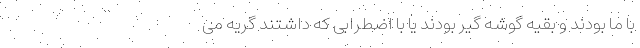
با ما بودند و بقیه گوشه گیر بودند یا با اضطرابی که داشتند گریه می